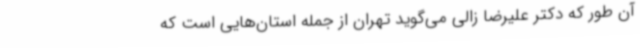
آن‌ طور که دکتر علیرضا زالی می‌گوید تهران از جمله استان‌هایی است که